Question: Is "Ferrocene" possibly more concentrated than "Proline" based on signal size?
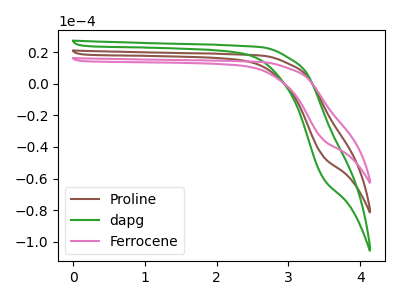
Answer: <think>The brown curve "Proline" has no peaks. The green curve "dapg" has no peaks. The pink curve "Ferrocene" has no peaks.
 Neither "Ferrocene" or "Proline" have any peaks.</think>
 <answer>I cant tell if "Ferrocene" or "Proline" has more signal.</answer>
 <eval>mixed_signal</eval>